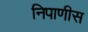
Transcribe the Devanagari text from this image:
निपाणीस